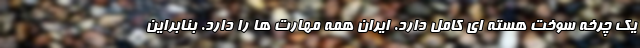
یک چرخه سوخت هسته ای کامل دارد. ایران همه مهارت ها را دارد. بنابراین